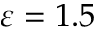
\varepsilon = 1 . 5